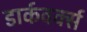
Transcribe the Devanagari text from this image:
डार्कवर्क्स